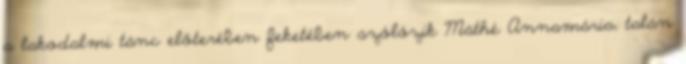
a lakodalmi tánc előterében feketében szólózik Máthé Annamária, talán